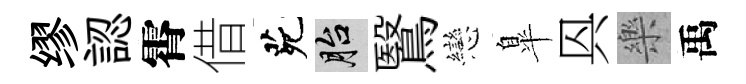
缪認霄借茕胎鷖戀臯㒷樂禹